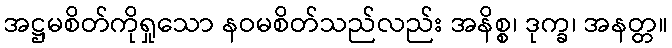
အဋ္ဌမစိတ်ကိုရှုသော နဝမစိတ်သည်လည်း အနိစ္စ၊ ဒုက္ခ၊ အနတ္တ။